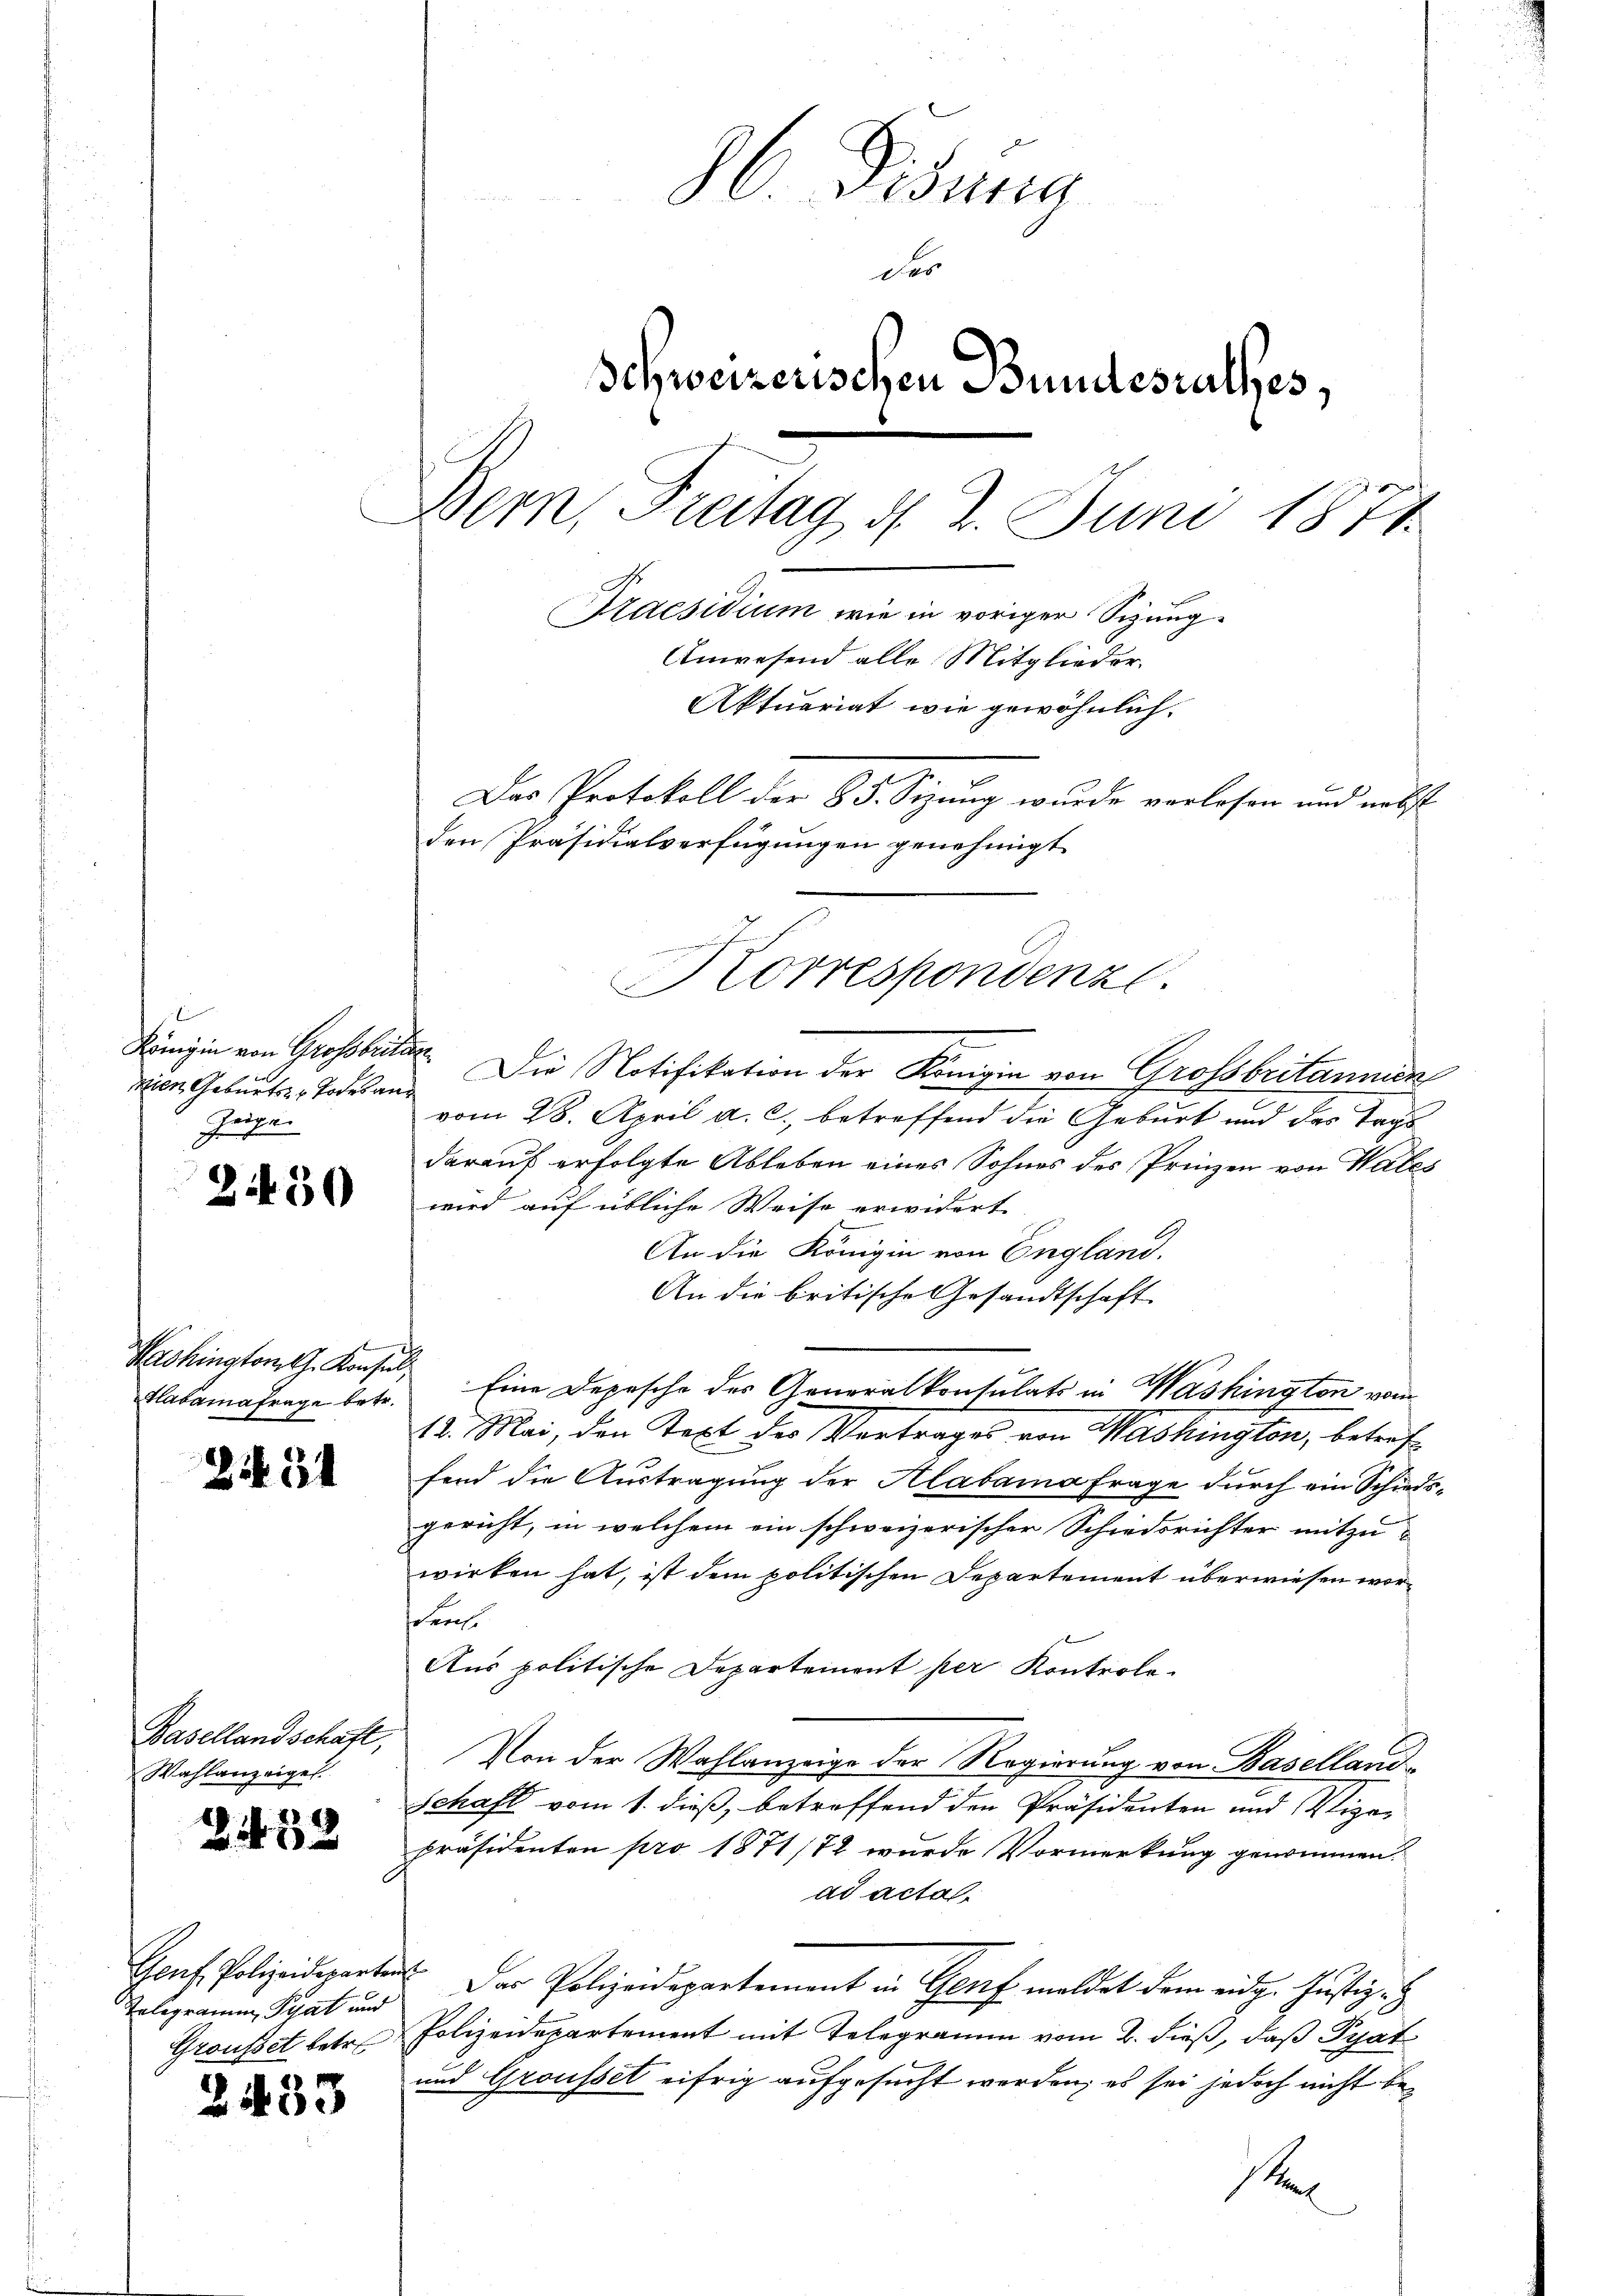
Königin von Grossbritier
Zeigen

3

i

i

Basellandschaft,
Wahlanzeigel.

Telegramm Pyat und
Grousset betr.

2

450

Habamafrage betr.

34

1452

33

86 Pisung
der
Schweizerischen Bundesrathes,
Bern, Freitag d. 2. Juni 1871
Praesidium wie in voriger Sitzung¬
Anwesend alle Mitglieder.
Aktuariat wie gewöhnlich.
Das Protokoll der 85. Sizung wurde verlesen und nebst
den Präsidialverfügungen genehmigt
.
Korrespondenz.

mien Geburter, Todesan. Die Notifikation der Königin von Grossbritannien
vom 28. April a. c., betreffend die Geburt und des Tags
darauf erfolgte Ableben eines Sohnes des Prinzen von Wales
wird auf übliche Weise erwidert.
An die Königin von England.
An die britische Gesandtschaft
18. Mai, den Text der Vortrages von Washington, betref
fend die Austragung der Alabama frage durch ein Schiedsgericht, in welchem ein schweizerischer Schiedsrichter mitzuwirken hat, ist dem politischen Departement überwiesen worn
Aus politische Departement per Kontrola-
Von der Wahlanzeige der Regierung von Baselland¬
Schaft vom 1. dieß, betreffend den Präsidenten und Vize-
präsidenten pro 1871 172 wurde Vormerkung genommen.
ad actal
Genf Polizeideparten. Der Polizeidepartement in Genf meldet dem eidg. Justiz-
Polizeidepartement mit Telegramm vom 2. dieß, daß Pyat
und Grousset eifrig aufgesucht werden; es sei jedoch nicht bes

Washington Konsul Eine Depesche der Generalkonsulats in Washington vom